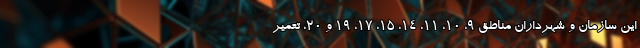
این سازمان و شهرداران مناطق ۹، ۱۰، ۱۱، ۱۴، ۱۵، ۱۷، ۱۹ و ۲۰، تعمیر